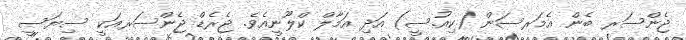
ޖެންސަރ ބެން އެމަރސަން (ކިއު.ސީ) އަދި އަމާލް ކްލޫނީއެވެ. ޖެރެޑް ޖެންސަރއަކީ ސިޔަސީ